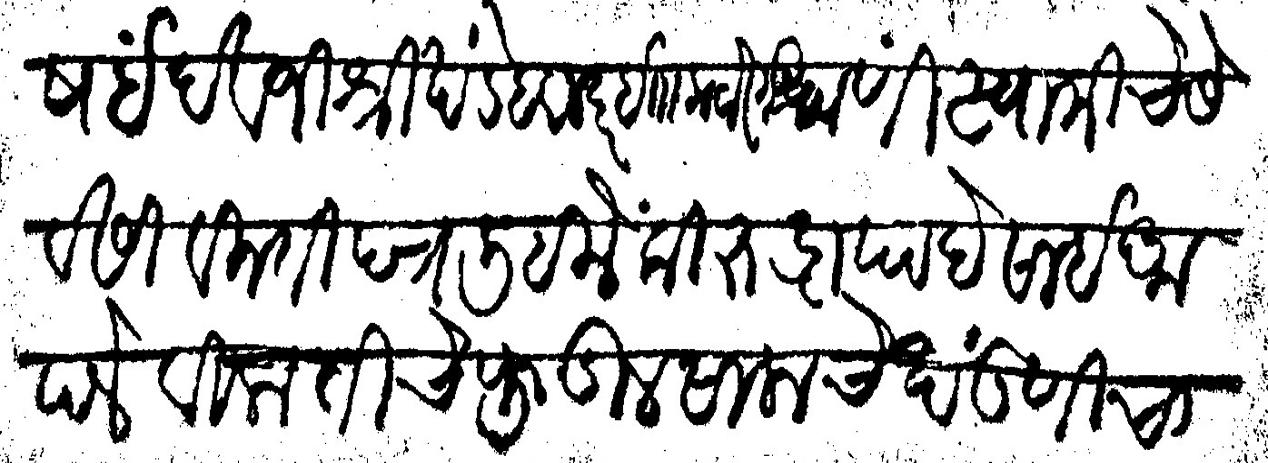
Transliteration (Devanagari): विषईं देवजी श्रीखंडे हवालदार झा कटोरगड यांणी स्वामीचे सेवेसी विनंतीपत्र लिहिलें की रुद्रापा देसाई आपले विलातीचे फुडील सालाचे खंडणीचा